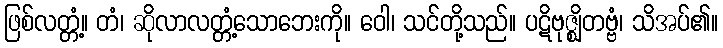
ဖြစ်လတ္တံ့။ တံ၊ ဆိုလာလတ္တံ့သောဘေးကို။ ဝေါ၊ သင်တို့သည်။ ပဋိဗုဇ္ဈိတဗ္ဗံ၊ သိအပ်၏။